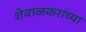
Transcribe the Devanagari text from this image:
शेवाळकरांच्या